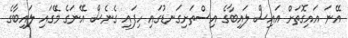
އޭނަ އައިގޮތަށް އައިސް ލައިބާގެ އިސްތަށިގަނޑުގައި ހިފައި ގެނެސް އޭނަގެ މޭގައި ލައިބާގެ